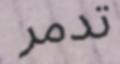
تدمر